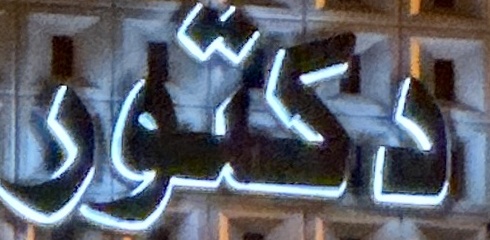
دكتور